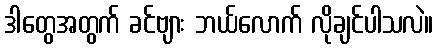
ဒါတွေအတွက် ခင်ဗျား ဘယ်လောက် လိုချင်ပါသလဲ။